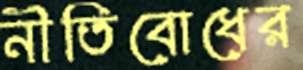
নীতিবোধের